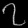
Digit: ၇